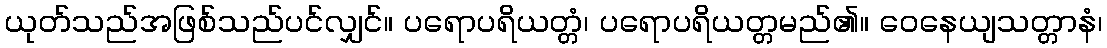
ယုတ်သည်အဖြစ်သည်ပင်လျှင်။ ပရောပရိယတ္တံ၊ ပရောပရိယတ္တမည်၏။ ဝေနေယျသတ္တာနံ၊